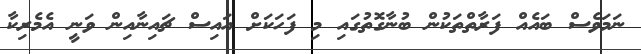
ނަމަވެސް ބައެއް ފަރާތްތަކުން ބުނާގޮތުގައި މި ފަހަކަށް އައިސް ޗައިނާއިން ވަނީ އެމެރިކާ